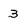
Character: 3